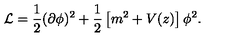
{ \cal L } = \frac { 1 } { 2 } ( \partial \phi ) ^ { 2 } + \frac { 1 } { 2 } \left[ m ^ { 2 } + V ( z ) \right] \phi ^ { 2 } .